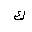
Letter: _kaf